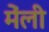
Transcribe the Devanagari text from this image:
मेंली